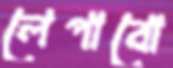
লেপাবো